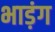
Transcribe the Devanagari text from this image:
भाड़ंग